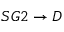
S G 2 \rightarrow D